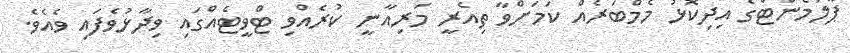
ޕާލަމެންޓްގެ އިދިކޮޅު މެމްބަރެއް ކަމަށްވާ ތިއެރީ މަރިއާނީ ކުރެއްވި ޓްވީޓެއްގައި ވިދާޅުވެފައި ވެއެވެ.